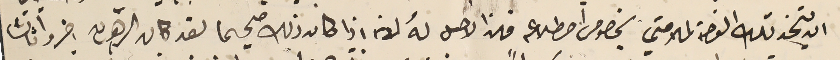
ان يتخذ تلك الفرصة لملامتي بخصوص اضطلاعه فهذا الاجل لهُ لانه اذا كان ذلك صحيحا لقد كان الرهبان اخبروا ثالثًا